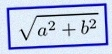
\sqrt{a^2+b^2}